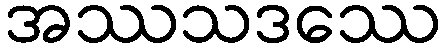
အဿသဒဿေ